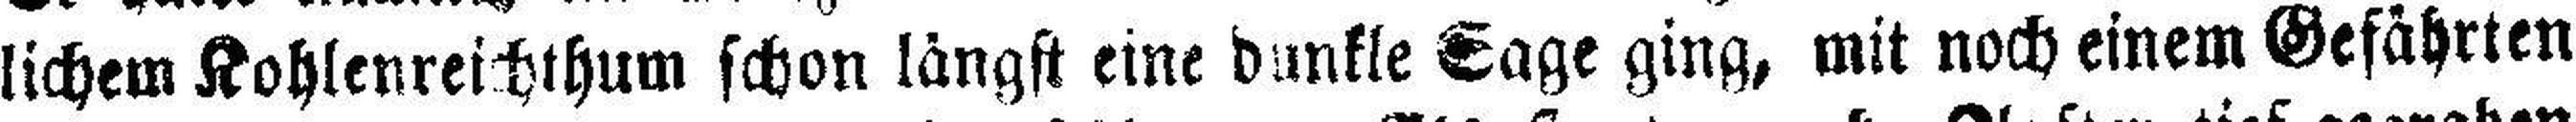
lichem Kohlenreichthum schon längst eine dunkle Sage ging, mit noch einem Gefährten